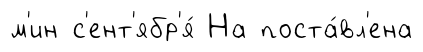
м'ин с'ент'ябр'я́ На поста́вл'ена